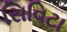
સિવિટા